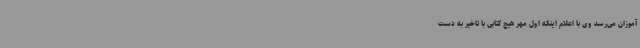
آموزان می‌رسد وی با اعلام اینکه اول مهر هیچ کتابی با تاخیر به دست